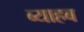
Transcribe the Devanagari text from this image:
ब्याहब